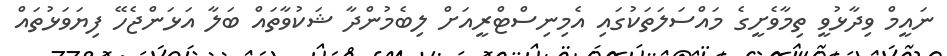
ނައީމް ވިދާޅުވީ ތިމާވެށީގެ މައްސަލަތަކުގައި އެމިނިސްޓްރީއަށް ލިބެމުންދާ ޝަކުވާތައް ބަލާ އަޅަންޖެހޭ ފިޔަވަޅުތައް